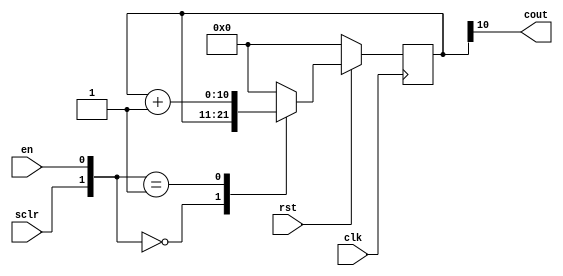
`timescale 1ns / 1ps

module counter(cout,sclr,en,clk,rst);

	input sclr,en,clk,rst;
	output cout;
	parameter N = 11;
	
	reg [N-1:0] q_present,q_next;
	
	assign cout = q_present[N-1];
	
	always @(posedge clk)
		begin
		
		if(rst == 1'b0) q_present <= {N{1'b0}};
		else q_present <= q_next;
		
		end
	
	always @(sclr,q_present,en)
		begin
		
		case({sclr,en})
		
		2'b00 : q_next <= q_present;
		2'b01 : q_next <= q_present + 1;
		default : q_next <= {N{1'b0}};
		
		endcase
		end

endmodule